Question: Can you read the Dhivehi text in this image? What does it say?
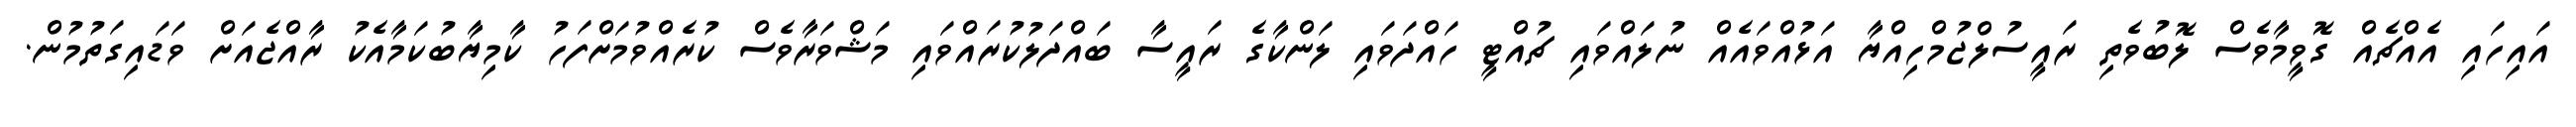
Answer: އައިހައި އެއްޗެއް ގޮވީމާވެސް ލޮބުވެތި ރައީސުލްޖުމްހިއްޔާ އަޅުއްވައެއް ނުލައްވައި ޗުއްޓީ ހައްދަވައި ލަންކާގެ ރައީސާ ބައްދަލުކުރައްވައި މަޝްވަރާވެސް ކުރެއްވުމަށްފަހު ކާމިޔާބުކަމާއެކު ރާއްޖެއަށް ވަޑައިގަތުމުން.